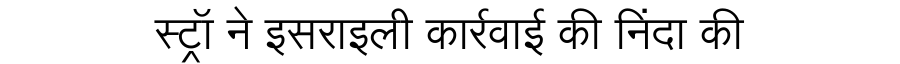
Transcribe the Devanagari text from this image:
स्ट्रॉ ने इसराइली कार्रवाई की निंदा की